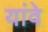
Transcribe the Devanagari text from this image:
यांवे